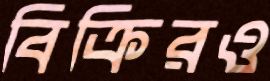
বিক্রিরও